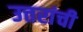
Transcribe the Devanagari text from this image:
उत्तरांची